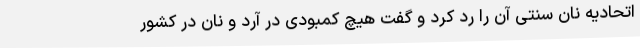
اتحادیه نان سنتی آن را رد کرد و گفت هیچ کمبودی در آرد و نان در کشور